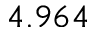
4 . 9 6 4